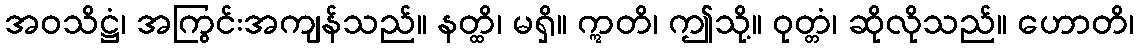
အဝသိဋ္ဌံ၊ အကြွင်းအကျန်သည်။ နတ္ထိ၊ မရှိ။ ဣတိ၊ ဤသို့။ ဝုတ္တံ၊ ဆိုလိုသည်။ ဟောတိ၊